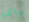
والدو